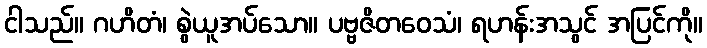
ငါသည်။ ဂဟိတံ၊ စွဲယူအပ်သော။ ပဗ္ဗဇိတဝေသံ၊ ရဟန်းအသွင် အပြင်ကို။